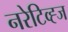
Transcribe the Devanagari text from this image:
नरेटिव्ह्ज